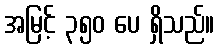
အမြင့် ၃၅၀ ပေ ရှိသည်။